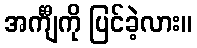
အင်္ကျီကို ပြင်ခဲ့လား။